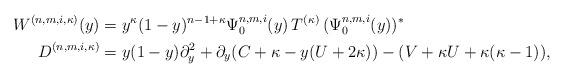
LaTeX: \begin{align*} W^{(n,m,i,\kappa)}(y)&=y^{\kappa}(1-y)^{n-1+\kappa}\Psi^{n,m,i}_0(y) \, T^{(\kappa)} \, (\Psi^{n,m,i}_0(y))^* \\D^{(n,m,i,\kappa)}&=y(1-y)\partial_y^2+\partial_y(C+\kappa-y(U+2\kappa))-(V+\kappa U+\kappa(\kappa-1)), \end{align*}